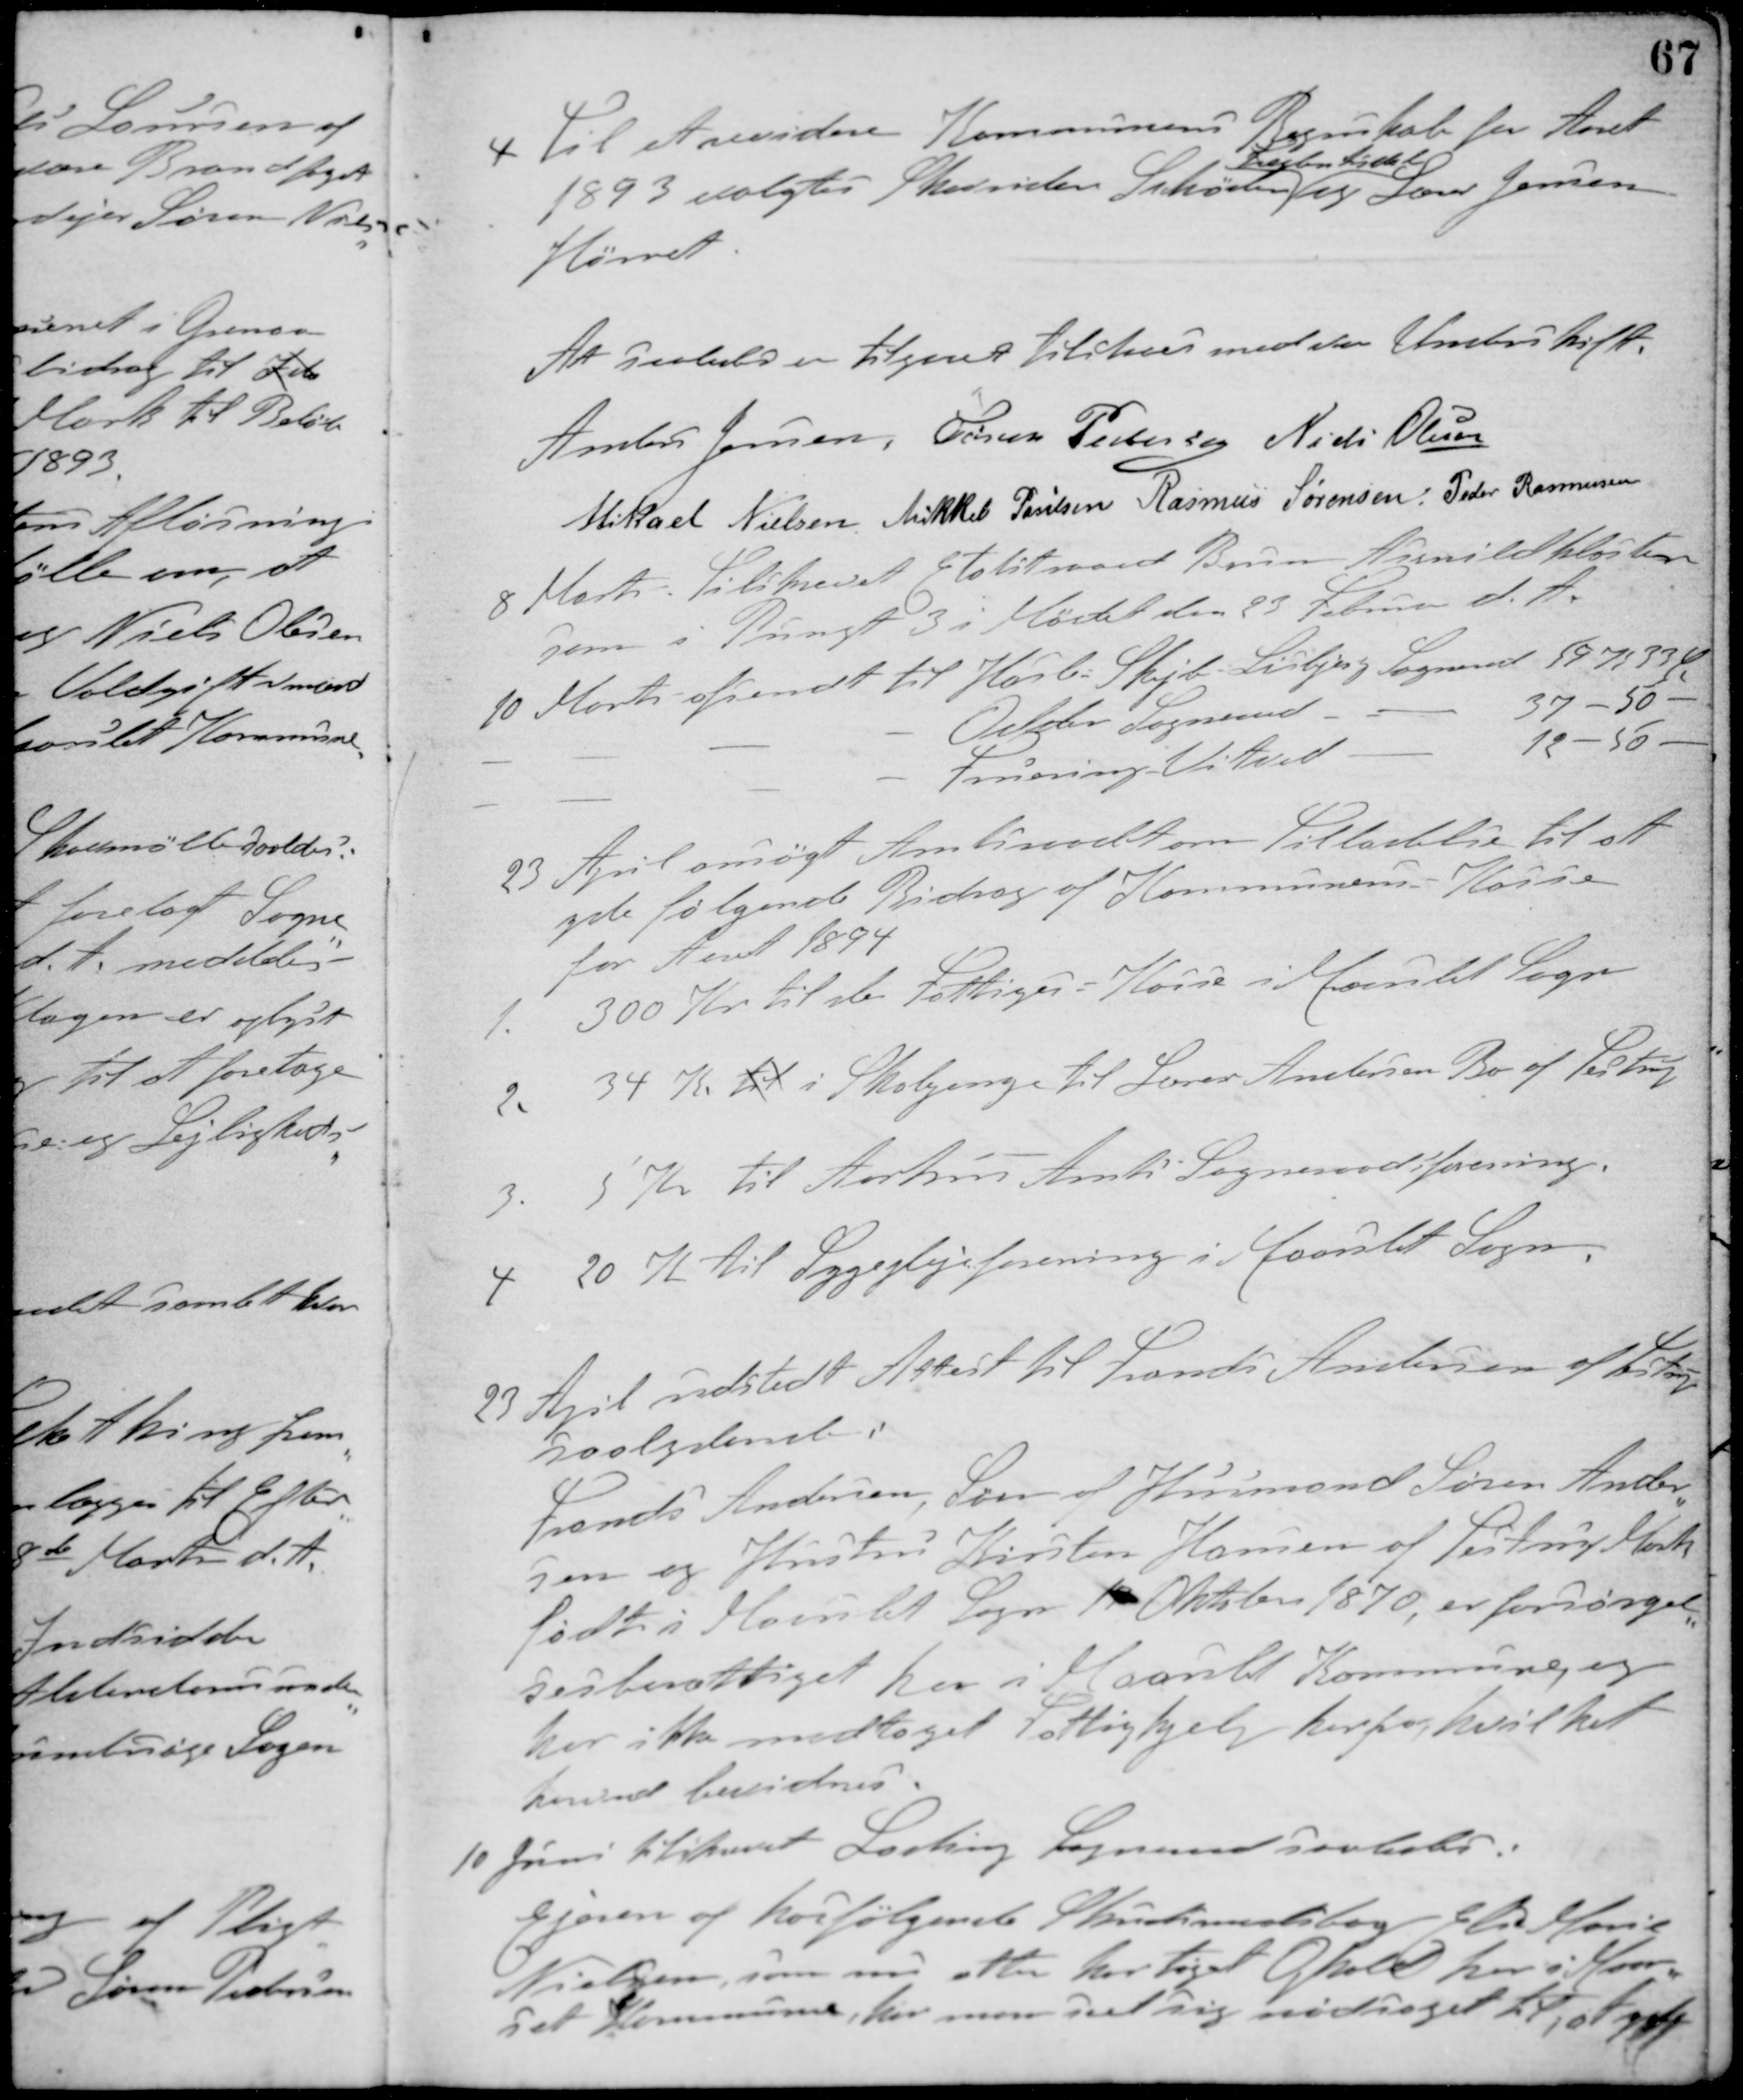
Transskription:
4 Til at revidere Kommunens Regnskab for Aaret
1893 valgtes Skovrider Schøden
Frederiksdal
og Lærer Jensen
Hørret.
At saaledes er tilgaaet tilstaaes med vor Underskrift.
Anders Jensen Søren Pedersen Niels Olesen
Mikael Nielsen Mikkel Poulsen Rasmus Sørensen Peder Rasmussen
8 Marts. Tilskrevet Etatsraad Brun Asmildkloster
som i Pungt 3 i Mødet den 23 Februar d. A.
10 Marts afsendt til Hasle-Skejby-Lisbjerg Sogneraad 59 K 33 Ø
- - - - Odder Sogneraad - 37 - 50 -
- - - - Fruering Vitved - 12 - 50 -
23 April ansøgt Amtsraadet om Tilladelse til at
yde følgende Bidrag af Kommunens Kasse
for Aaret 1894
1. 300 Kr. til de Fattiges - Kasse i Maarslet Sogn
2. 34 K. til i Skolepenge til Lærer Andersen Bo af Testrup
3. 5 Kr til Aarhus Amts Sogneraadsforening
4 20 K til Sygeplejeforening i Maarslet Sogn
23 April udstedt Attest til Frands Andersen af Testrup
saalydende:
Frands Andersen, Søn af Husmand Søren Ander-
sen og Hustru Kirsten Hansen af Testrup Mark
født i Maarslet Sogn 19 Oktober 1870, er forsørgel-
sesberettiget her i Maarslet Kommune, og
har ikke modtaget Fattighjælp herfra hvilket
herved bevidnes.
10 Juni tilskrevet Lading Sogneraad saaledes:
Ejeren af hosfølgende Skudsmaalsbog Else Marie
Nielsen, som nu atter har taget Ophold her i Maar-
slet Kommune, har man set sig nødsaget til, at yde